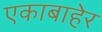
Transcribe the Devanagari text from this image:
एकाबाहेर